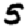
Digit: 5